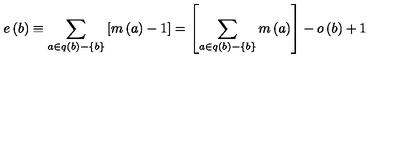
e \left( b \right) \equiv \sum _ { a \in q \left( b \right) - \left\{ b \right\} } \left[ m \left( a \right) - 1 \right] = \left[ \sum _ { a \in q \left( b \right) - \left\{ b \right\} } m \left( a \right) \right] - o \left( b \right) + 1